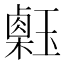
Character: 𤪇